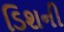
ડિશની